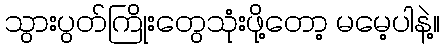
သွားပွတ်ကြိုးတွေသုံးဖို့တော့ မမေ့ပါနဲ့။